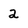
Character: 2